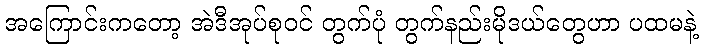
အကြောင်းကတော့ အဲဒီအုပ်စုဝင် တွက်ပုံ တွက်နည်းမိုဒယ်တွေဟာ ပထမနဲ့